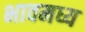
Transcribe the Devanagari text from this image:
भावमध्य